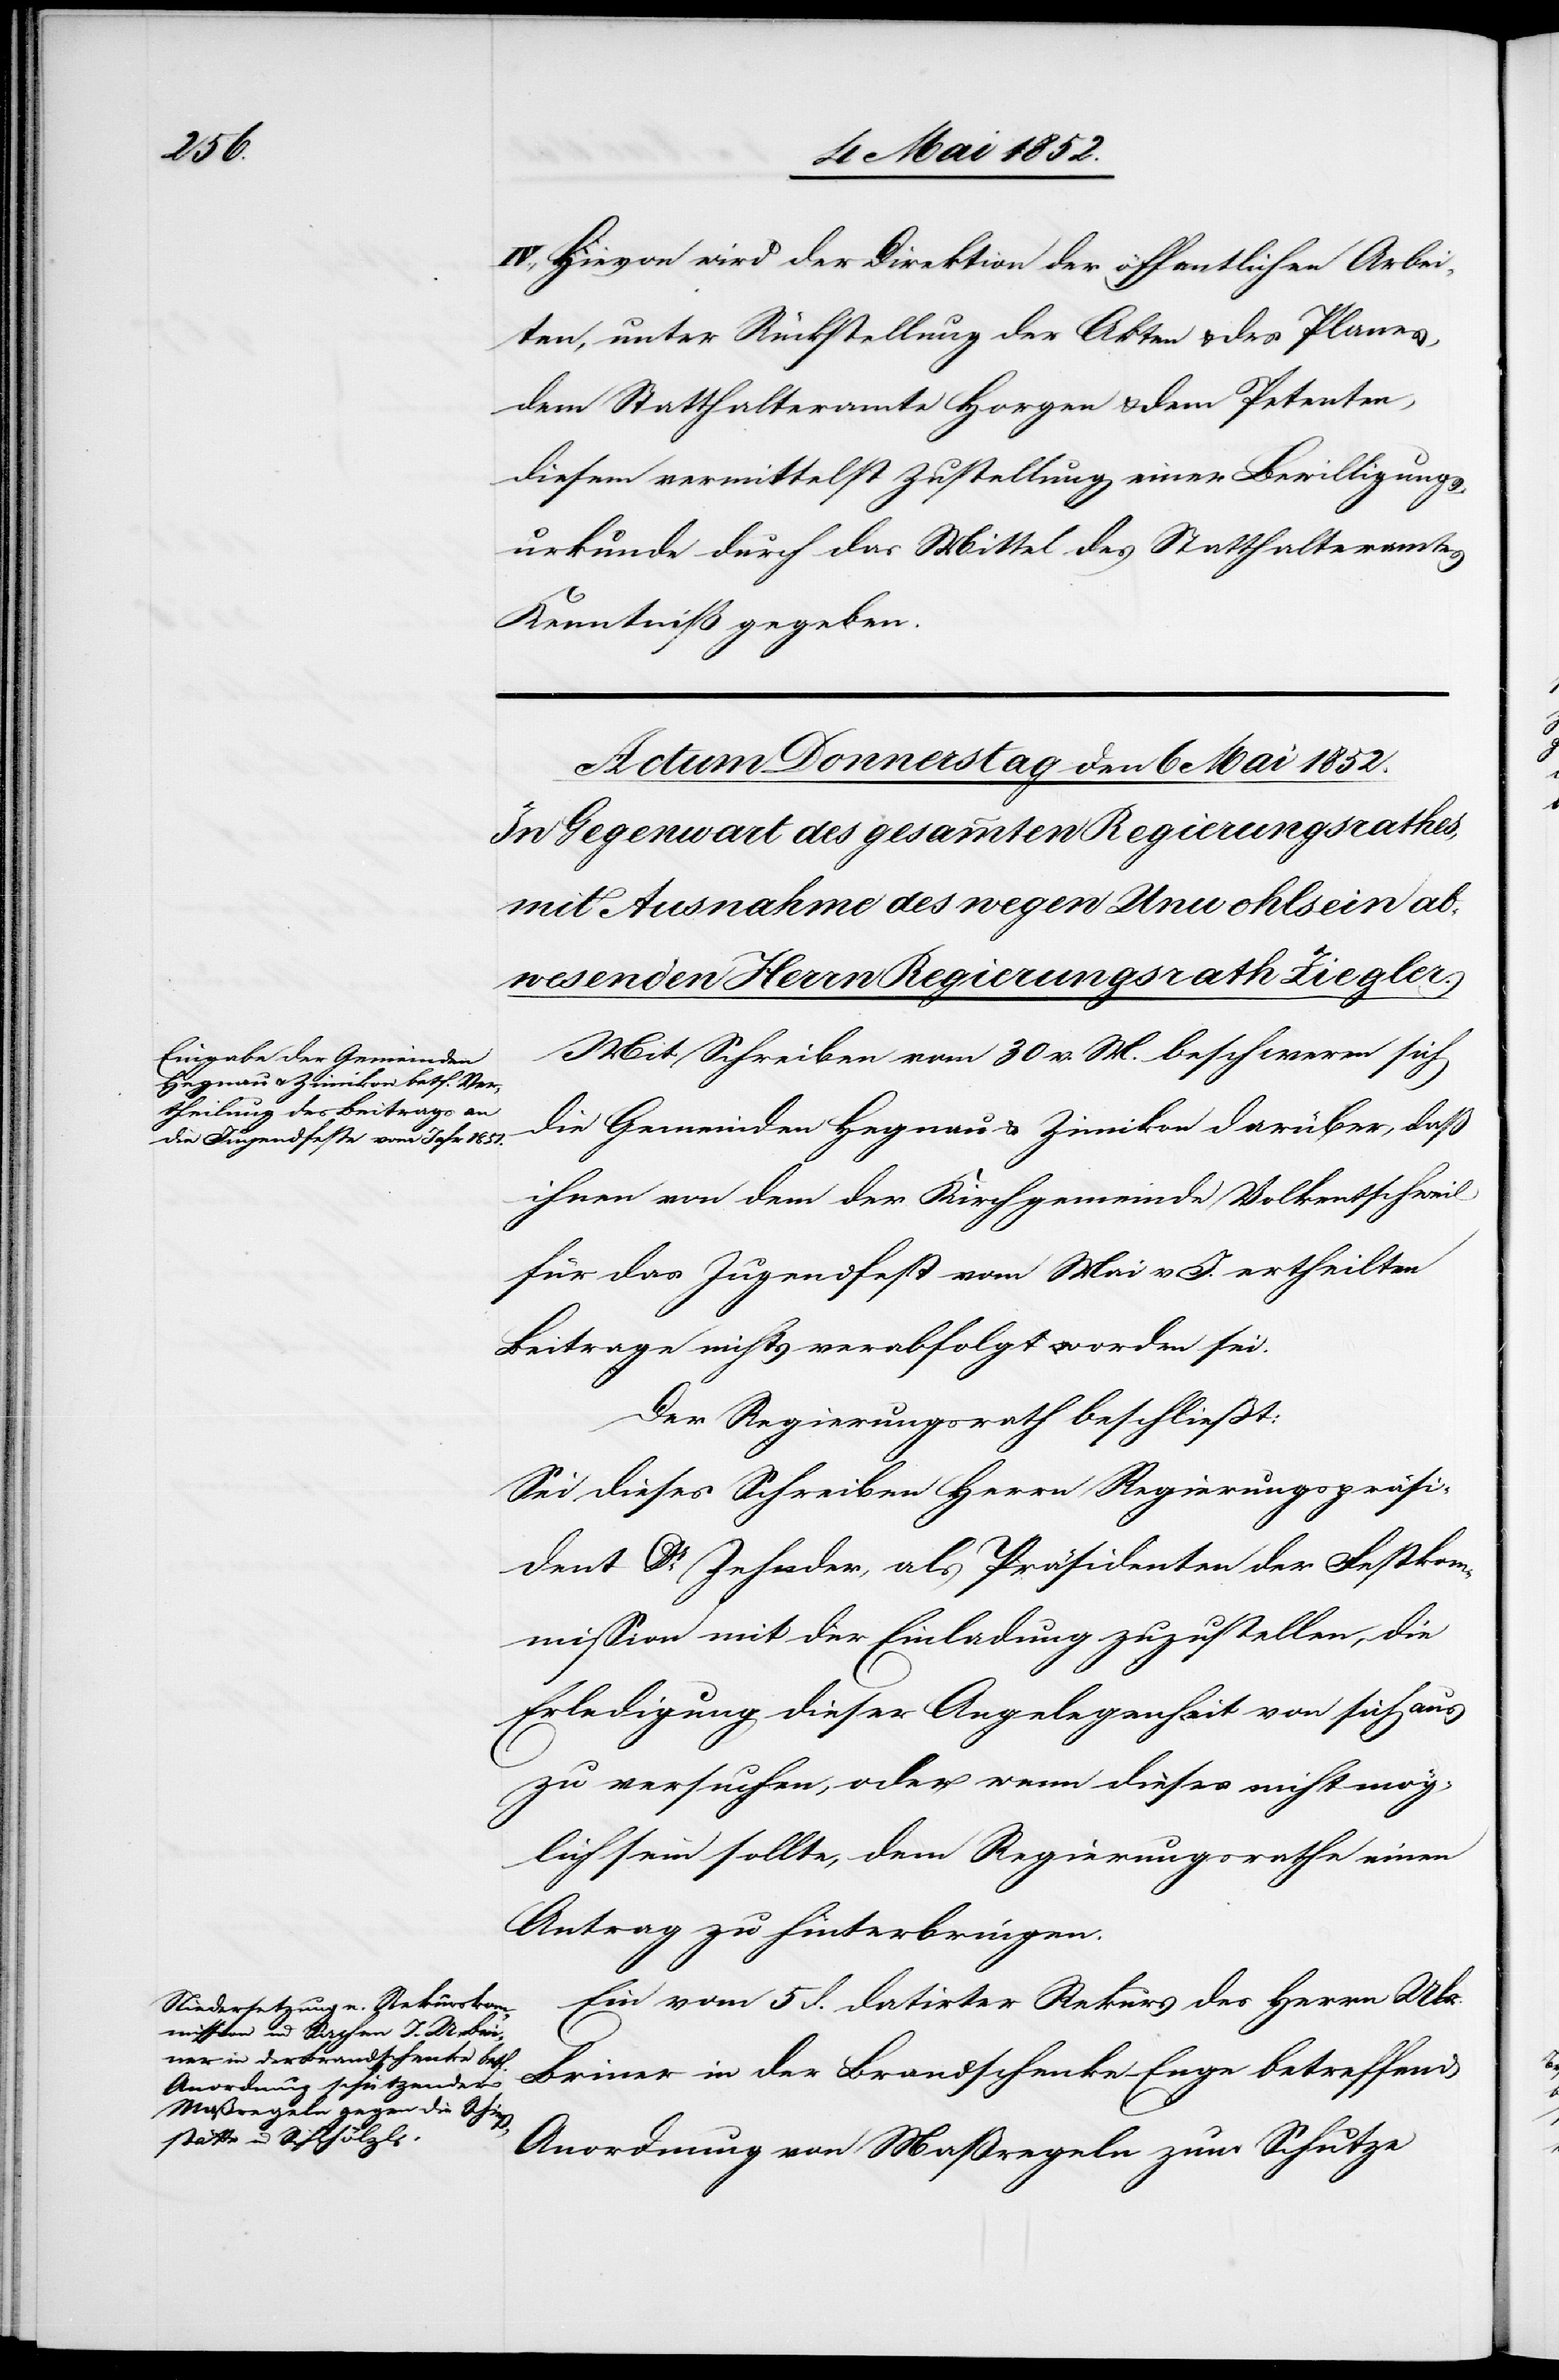
IV., Hievon wird der Direktion der öffentlichen Arbei¬
ten, unter Rückstellung der Akten & des Planes,
dem Statthalteramte Horgen & dem Petenten,
diesem vermittelst Zustellung einer Bewilligungs¬
urkunde durch das Mittel des Statthalteramtes
Kenntniß gegeben.
Mit Schreiben vom 30 v. M. beschweren sich
die Gemeinden Hegnau & Zimikon darüber, daß
ihnen von dem der Kirchgemeinde Volkentschweil
für das Jugendfest vom Mai v. J. ertheilten
Beitrage nichts verabfolgt worden sei.
Der Regierungsrath beschliesst:
Sei dieses Schreiben Herrn Regierungspräsi¬
dent Dr. Zehnder, als Präsidenten der Festkom¬
mission mit der Einladung zuzustellen, die
Erledigung dieser Angelegenheit von sich aus
zu versuchen, oder wenn dieses nicht mög¬
lich sein sollte, dem Regierungsrathe einen
Antrag zu hinterbringen.
Ein vom 5 d. datirter Rekurs des Herrn Ulr.
Briner in der Brandschenke – Enge betreffend
Anordnung von Maßregeln zum Schutze